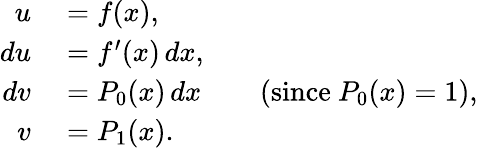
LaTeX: \begin{array}{rlrl}{u}&{{}=f(x),}\\ {du}&{{}=f^{\prime}(x)\, dx,}\\ {dv}&{{}=P_{0}(x)\, dx}&{}&{{}({\mathrm{since~}}P_{0}(x)=1),}\\ {v}&{{}=P_{1}(x).}\end{array}